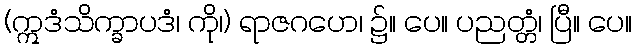
(ဣဒံသိက္ခာပဒံ၊ ကို၊) ရာဇဂဟေ၊ ၌။ ပေ။ ပညတ္တံ၊ ပြီ။ ပေ။